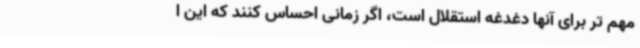
مهم تر برای آنها دغدغه استقلال است، اگر زمانی احساس کنند که این ا